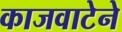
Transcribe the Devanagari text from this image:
काजवाटेने